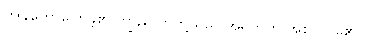
ကျွန်တော်ပြောခဲ့၏။ကျွန်တော်တို့သည် အရက်ကို အစလုပ်မိ၏။